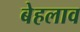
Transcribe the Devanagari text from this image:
बेहलाव